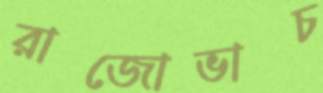
রাজোভাচ